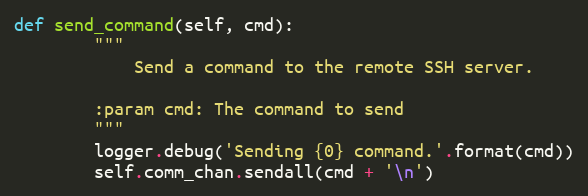
Language: Python
def send_command(self, cmd):
        """
            Send a command to the remote SSH server.

        :param cmd: The command to send
        """
        logger.debug('Sending {0} command.'.format(cmd))
        self.comm_chan.sendall(cmd + '\n')